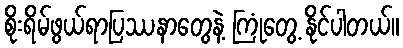
စိုးရိမ်ဖွယ်ရာပြဿနာတွေနဲ့ ကြုံတွေ့ နိုင်ပါတယ်။